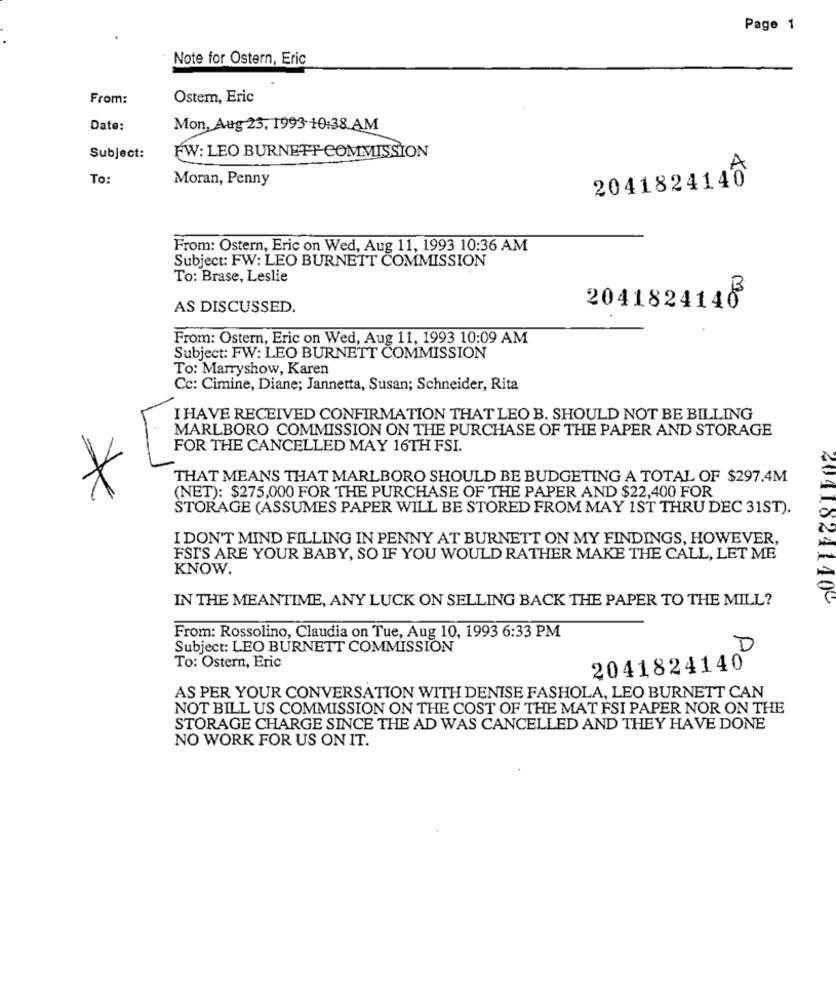
Page 1
Note for Ostern, Eric
From:
Ostern, Eric
Date:
Mon, Aug 23, 1993-10:38 AM
Subject:
FW: LEO BURNETT-COMMISSION
To:
Moran, Penny
2041824146
From: Ostern, Eric on Wed, Aug 11, 1993 10:36 AM
Subject: FW: LEO BURNETT COMMISSION
To: Brase, Leslie
AS DISCUSSED.
2041824140
From: Ostern, Eric on Wed, Aug 11, 1993 10:09 AM
Subject: FW: LEO BURNETT COMMISSION
To: Marryshow, Karen
Cc: Cimine, Diane; Jannetta, Susan; Schneider, Rita
I HAVE RECEIVED CONFIRMATION THAT LEO B. SHOULD NOT BE BILLING
MARLBORO COMMISSION ON THE PURCHASE OF THE PAPER AND STORAGE
FOR THE CANCELLED MAY 16TH FSI.
THAT MEANS THAT MARLBORO SHOULD BE BUDGETING A TOTAL OF $297.4M
*
(NET): $275,000 FOR THE PURCHASE OF THE PAPER AND $22,400 FOR
STORAGE (ASSUMES PAPER WILL BE STORED FROM MAY 1ST THRU DEC 31ST).
I DON'T MIND FILLING IN PENNY AT BURNETT ON MY FINDINGS, HOWEVER,
FSI'S ARE YOUR BABY, SO IF YOU WOULD RATHER MAKE THE CALL, LET ME
KNOW.
IN THE MEANTIME, ANY LUCK ON SELLING BACK THE PAPER TO THE MILL?
40410241400
From: Rossolino, Claudia on Tue, Aug 10, 1993 6:33 PM
Subject: LEO BURNETT COMMISSION
D
To: Ostern, Eric
2041824140
AS PER YOUR CONVERSATION WITH DENISE FASHOLA, LEO BURNETT CAN
NOT BILL US COMMISSION ON THE COST OF THE MAT FSI PAPER NOR ON THE
STORAGE CHARGE SINCE THE AD WAS CANCELLED AND THEY HAVE DONE
NO WORK FOR US ON IT.